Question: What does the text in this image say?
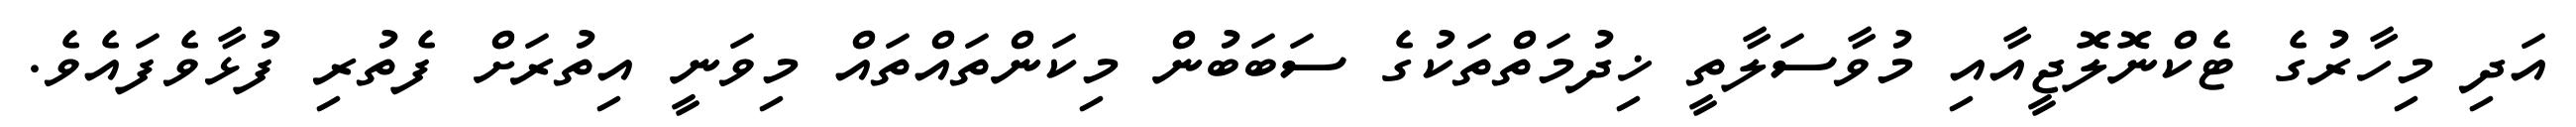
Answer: އަދި މިހާރުގެ ޓެކްނޮލޮޖީއާއި މުވާސަލާތީ ޚިދުމަތްތަކުގެ ސަބަބުން މިކަންތައްތައް މިވަނީ އިތުރަށް ފެތުރި ފުޅާވެފައެވެ.